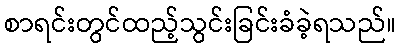
စာရင်းတွင်ထည့်သွင်းခြင်းခံခဲ့ရသည်။